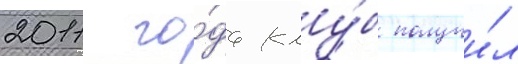
2011 го́да клу́б получи́л